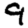
Digit: 9